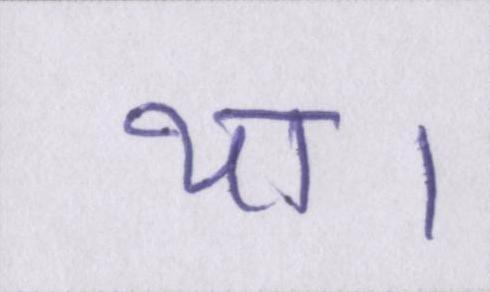
था।